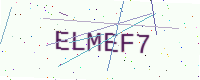
Text: ELMEF7